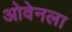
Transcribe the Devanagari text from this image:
ओवेनला